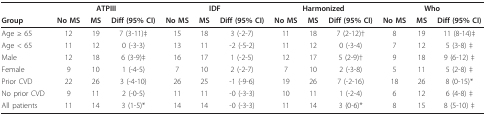
<table><thead><tr><td></td><td colspan="3"><b>ATPIII</b></td><td colspan="3"><b>IDF</b></td><td colspan="3"><b>Harmonized</b></td><td colspan="3"><b>Who</b></td></tr><tr><td><b>Group</b></td><td><b>No MS</b></td><td><b>MS</b></td><td><b>Diff (95% CI)</b></td><td><b>No MS</b></td><td><b>MS</b></td><td><b>Diff (95% CI)</b></td><td><b>No MS</b></td><td><b>MS</b></td><td><b>Diff (95% CI)</b></td><td><b>No MS</b></td><td><b>MS</b></td><td><b>Diff (95% CI)</b></td></tr></thead><tbody><tr><td>Age ≥ 65</td><td>12</td><td>19</td><td>7 (3-11)‡</td><td>15</td><td>18</td><td>3 (-2-7)</td><td>11</td><td>18</td><td>7 (2-12)†</td><td>8</td><td>19</td><td>11 (8-14)‡</td></tr><tr><td>Age &lt; 65</td><td>11</td><td>12</td><td>0 (-3-3)</td><td>13</td><td>11</td><td>-2 (-5-2)</td><td>11</td><td>12</td><td>0 (-3-4)</td><td>7</td><td>12</td><td>5 (3-8) ‡</td></tr><tr><td>Male</td><td>12</td><td>18</td><td>6 (3-9)‡</td><td>16</td><td>17</td><td>1 (-2-5)</td><td>12</td><td>17</td><td>5 (2-9)†</td><td>9</td><td>18</td><td>9 (6-12) ‡</td></tr><tr><td>Female</td><td>9</td><td>10</td><td>1 (-4-5)</td><td>7</td><td>10</td><td>2 (-2-7)</td><td>7</td><td>10</td><td>2 (-3-8)</td><td>5</td><td>11</td><td>5 (2-8) ‡</td></tr><tr><td>Prior CVD</td><td>22</td><td>26</td><td>3 (-4-10)</td><td>26</td><td>25</td><td>-1 (-9-6)</td><td>19</td><td>26</td><td>7 (-2-16)</td><td>18</td><td>26</td><td>8 (0-15)*</td></tr><tr><td>No prior CVD</td><td>9</td><td>11</td><td>2 (-0-5)</td><td>11</td><td>11</td><td>-0 (-3-3)</td><td>10</td><td>11</td><td>1 (-2-4)</td><td>6</td><td>12</td><td>6 (4-8) ‡</td></tr><tr><td>All patients</td><td>11</td><td>14</td><td>3 (1-5)*</td><td>14</td><td>14</td><td>-0 (-3-3)</td><td>11</td><td>14</td><td>3 (0-6)*</td><td>8</td><td>15</td><td>8 (5-10) ‡</td></tr></tbody></table>